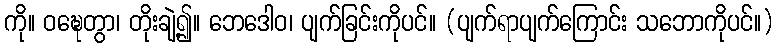
ကို။ ဝဍ္ဎေတွာ၊ တိုးချဲ့၍။ ဘေဒေါဝ၊ ပျက်ခြင်းကိုပင်။ (ပျက်ရာပျက်ကြောင်း သဘောကိုပင်။)